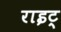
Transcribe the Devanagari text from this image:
राइट्‍